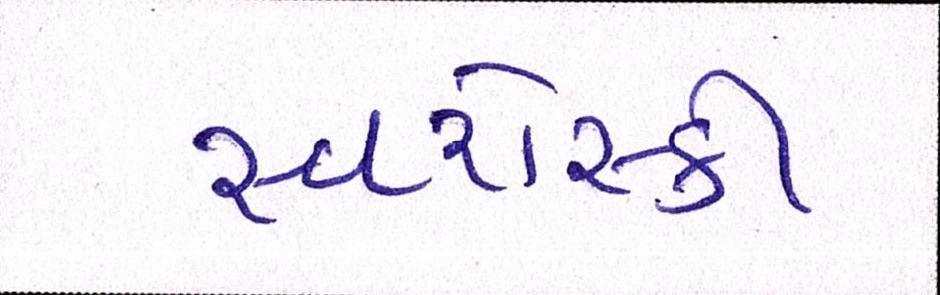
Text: સ્વરોસ્કી